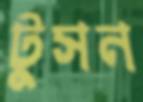
টুসন